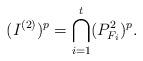
LaTeX: \begin{align*}(I^{(2)})^p=\bigcap_{i=1}^t(P^2_{F_i})^p.\end{align*}